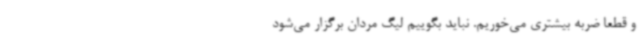
و قطعا ضربه بیشتری می‌خوریم. نباید بگوییم لیگ مردان برگزار می‌شود